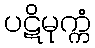
ပဋိမုက္ကံ